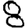
Digit: 8